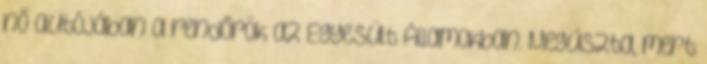
nő autójában a rendőrök az Egyesült Államokban. Megúszta, mert